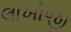
લાખોજી